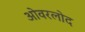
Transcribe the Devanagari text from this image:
ओवरलोद